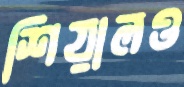
শিয়ালও